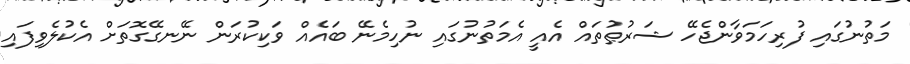
މަތުނުގައި ފުރިހަމަވާންޖެހޭ ޝަރުޠުތައް އެއީ އެމަތުނުގައި ނުހިމެނޭ ބައެއް ވަކިކުރަން ނޭނގޭގޮތަށް އެކުލެވިފައި